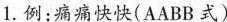
1.例：痛痛快快(AABB式)